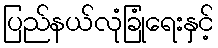
ပြည်နယ်လုံခြုံရေးနှင့်